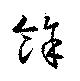
餘